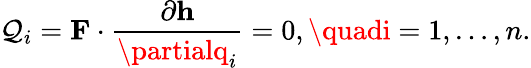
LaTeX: \mathcal{Q}_{i}=\mathbf{{F}}\cdot{\frac{{\partial\mathbf{{h}}}}{{\partialq_{i}}}}=0,\quadi=1,\ldots,n.